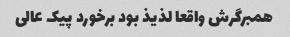
همبرگرش واقعا لذیذ بود برخورد پیک عالى